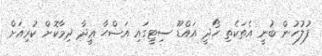
ފުލުހުން ބުނީ އެތަކެތި ހޯދީ އައްޑޫ ސިޓީގައި އަޟްޙާ ޢީދާ ދިމާކޮށް ކުރިއަށް